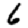
Digit: 6